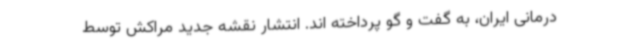
درمانی ایران، به گفت و گو پرداخته اند. انتشار نقشه جدید مراکش توسط